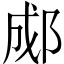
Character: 郕